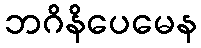
ဘဂိနိပေမေန